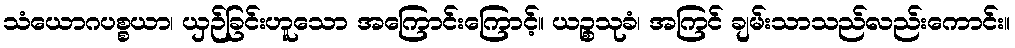
သံယောဂပစ္စယာ၊ ယှဉ်ခြင်းဟူသော အကြောင်းကြောင့်။ ယဉ္စသုခံ၊ အကြင် ချမ်းသာသည်လည်းကောင်း။